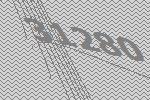
31280